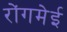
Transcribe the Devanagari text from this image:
रोंगमेई